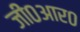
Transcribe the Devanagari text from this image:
जी०आर०